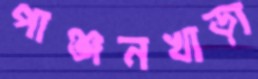
পাঞ্জনখাড়া